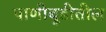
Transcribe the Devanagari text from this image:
पाणीबुडीतील